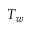
T _ { w }